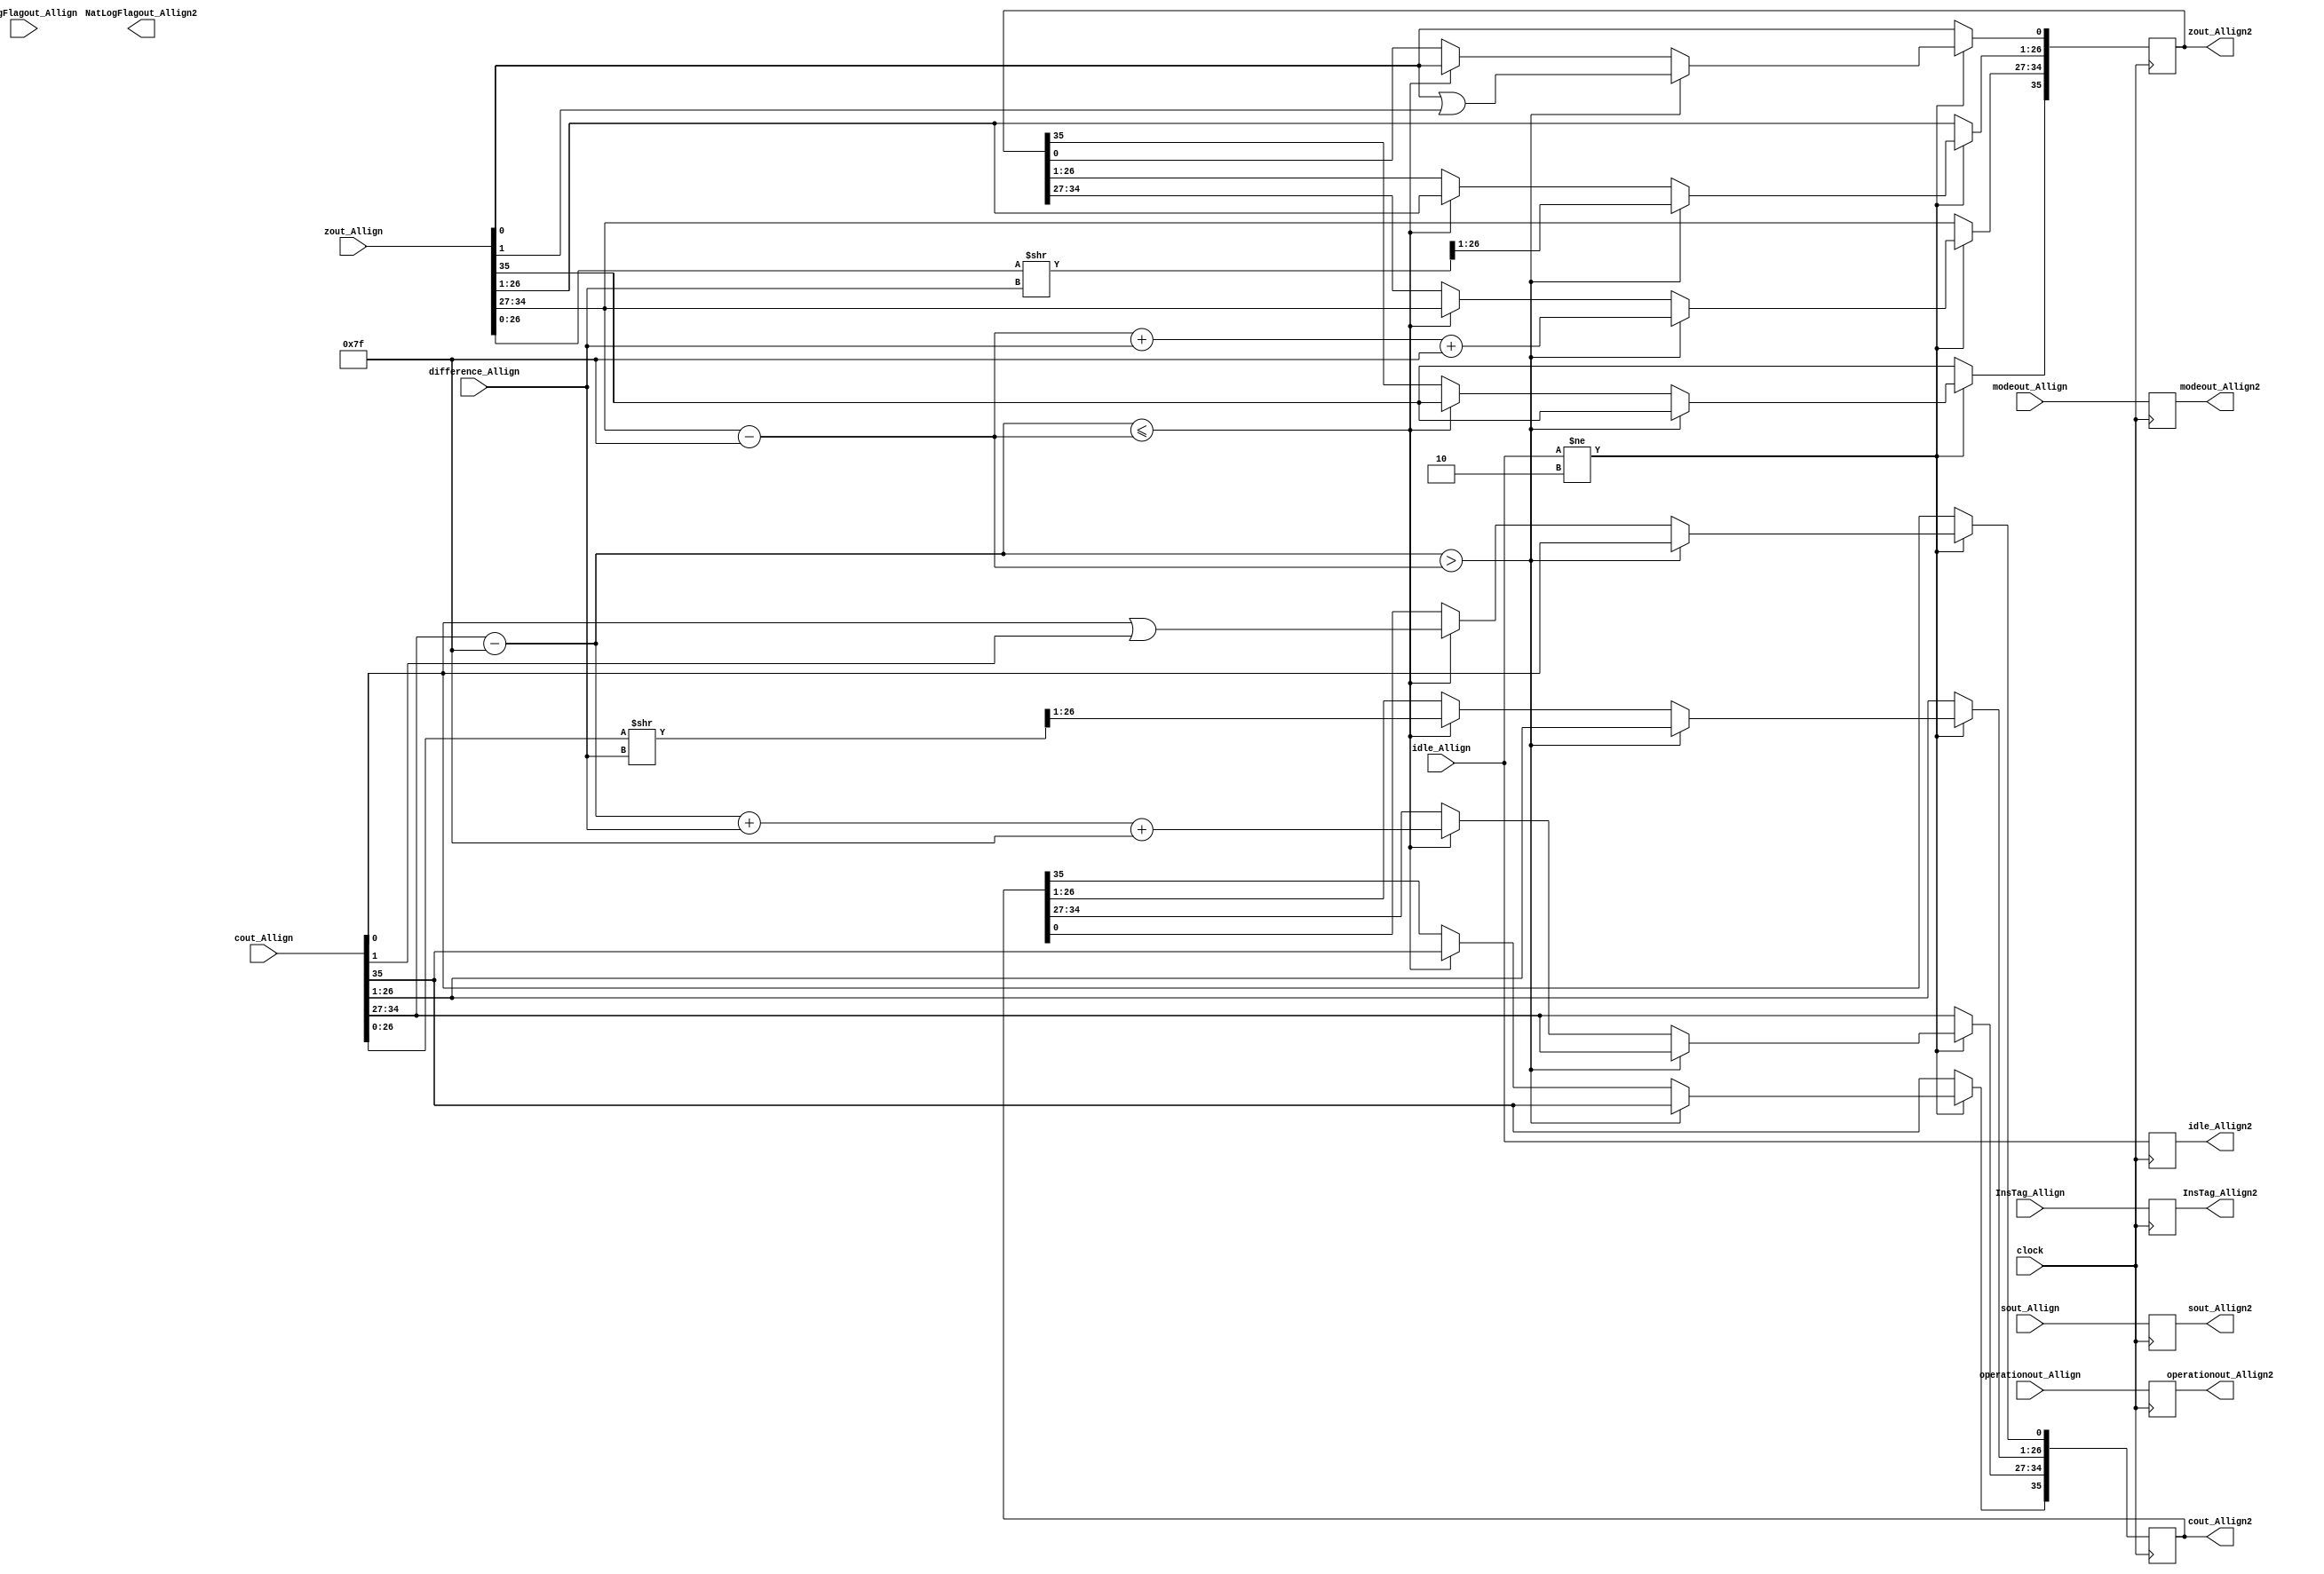
module Allign2(
	input [1:0] idle_Allign,
	input [35:0] cout_Allign,
	input [35:0] zout_Allign,
	input [31:0] sout_Allign,
	input [1:0] modeout_Allign,
	input operationout_Allign,
	input NatLogFlagout_Allign,
	input [7:0] difference_Allign,
	input [7:0] InsTag_Allign,
	input clock,
	output reg [1:0] idle_Allign2,
	output reg [35:0] cout_Allign2,
	output reg [35:0] zout_Allign2,
	output reg [31:0] sout_Allign2,
	output reg [1:0] modeout_Allign2,
	output reg operationout_Allign2,
	output reg NatLogFlagout_Allign2,
	output reg [7:0] InsTag_Allign2
    );
	 
parameter mode_circular  =2'b01, 
			 mode_linear    =2'b00, 
			 mode_hyperbolic=2'b11;

parameter no_idle = 2'b00,
			 allign_idle = 2'b01,
			 put_idle = 2'b10;

wire z_sign;
wire [7:0] z_exponent;
wire [26:0] z_mantissa;

wire c_sign;
wire [7:0] c_exponent;
wire [26:0] c_mantissa;

assign z_sign = zout_Allign[35];
assign z_exponent = zout_Allign[34:27] - 127;
assign z_mantissa = {zout_Allign[26:0]};

assign c_sign = cout_Allign[35];
assign c_exponent = cout_Allign[34:27] - 127;
assign c_mantissa = {cout_Allign[26:0]};

always @ (posedge clock)
begin
	
	InsTag_Allign2 <= InsTag_Allign;
	idle_Allign2 <= idle_Allign;
	modeout_Allign2 <= modeout_Allign;
	operationout_Allign2 <= operationout_Allign;
	sout_Allign2 <= sout_Allign;
	
	if (idle_Allign != put_idle) begin
		if ($signed(c_exponent) > $signed(z_exponent)) begin
			zout_Allign2[35] <= zout_Allign[35];
			zout_Allign2[34:27] <= z_exponent + difference_Allign + 127;
			zout_Allign2[26:0] <= z_mantissa >> difference_Allign;
			zout_Allign2[0] <= z_mantissa[0] | z_mantissa[1];
			cout_Allign2 <= cout_Allign;
		end else if ($signed(c_exponent) <= $signed(z_exponent)) begin
			cout_Allign2[35] <= cout_Allign[35];
			cout_Allign2[34:27] <= c_exponent + difference_Allign + 127;
			cout_Allign2[26:0] <= c_mantissa >> difference_Allign;
			cout_Allign2[0] <= c_mantissa[0] | c_mantissa[1];
			zout_Allign2 <= zout_Allign;
		 end		
	end
	
	else begin
		zout_Allign2 <= zout_Allign;
		cout_Allign2 <= cout_Allign;
	end
end

endmodule